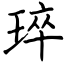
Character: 琗